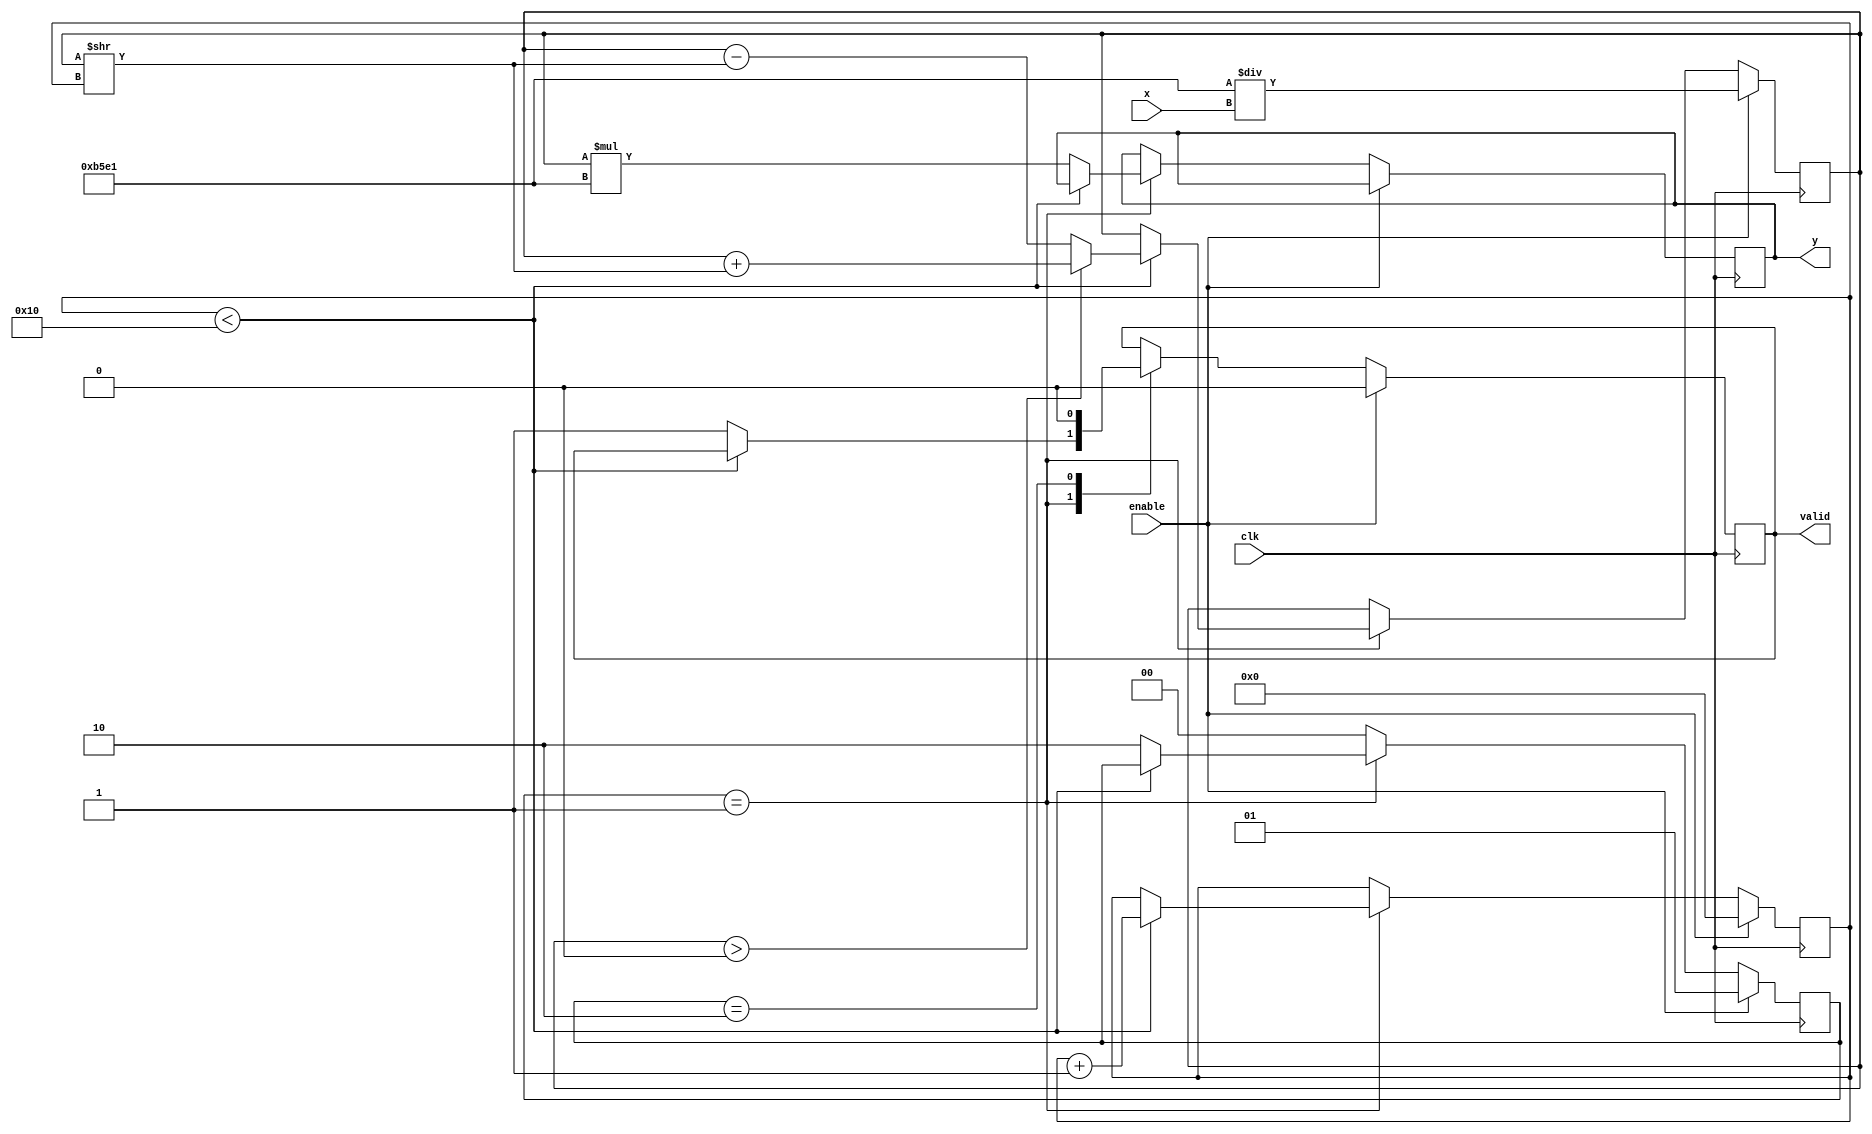
module cordic_reciprocal #(
    parameter WIDTH = 16,          // Bit-width for input and output
    parameter ITERATIONS = 16      // Number of CORDIC iterations
)(
    input wire clk,                // Clock signal
    input wire enable,             // Enable signal to start computation
    input wire [WIDTH-1:0] x,      // Input value (fixed-point representation)
    output reg [WIDTH-1:0] y,       // Output value (reciprocal of x)
    output reg valid                // Output valid signal
);

    // CORDIC scaling factor for reciprocal
    localparam [WIDTH-1:0] K = 16'hB5E1; // Pre-calculated scaling factor (1.64676 in fixed-point)

    // Internal registers
    reg [WIDTH-1:0] z;              // Current approximation of the reciprocal
    reg [WIDTH-1:0] angle;          // Angle for the CORDIC iterations
    reg [4:0] count;                // Iteration counter
    reg [1:0] state;                // State machine for control

    // State machine states
    localparam IDLE = 2'b00;
    localparam COMPUTE = 2'b01;
    localparam DONE = 2'b10;

    // Initialization
    always @(posedge clk) begin
        if (enable) begin
            z <= K / x; // Initial approximation (scaled)
            angle <= 0; // Initial angle
            count <= 0; // Reset iteration counter
            state <= COMPUTE; // Move to compute state
            valid <= 0; // Output valid is low
        end else begin
            case (state)
                COMPUTE: begin
                    if (count < ITERATIONS) begin
                        // CORDIC iteration
                        if (z > 0) begin
                            z <= z + (z >> count); // Update approximation
                            angle <= angle + (1 << count); // Update angle
                        end else begin
                            z <= z - (z >> count); // Update approximation
                            angle <= angle - (1 << count); // Update angle
                        end
                        count <= count + 1; // Increment iteration counter
                    end else begin
                        // Final scaling
                        y <= z * K; // Scale the result
                        valid <= 1; // Set output valid
                        state <= DONE; // Move to done state
                    end
                end
                DONE: begin
                    // Wait for the next enable signal
                    if (!enable) begin
                        state <= IDLE; // Reset state
                        valid <= 0; // Reset output valid
                    end
                end
                default: state <= IDLE; // Default state
            endcase
        end
    end

endmodule